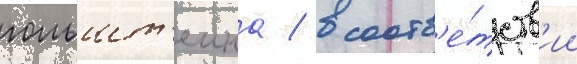
гольшт'еина / в соотв'е́тств'ии